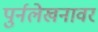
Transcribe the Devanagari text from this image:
पुर्नलेखनावर